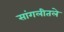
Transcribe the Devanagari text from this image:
सांगलीतले